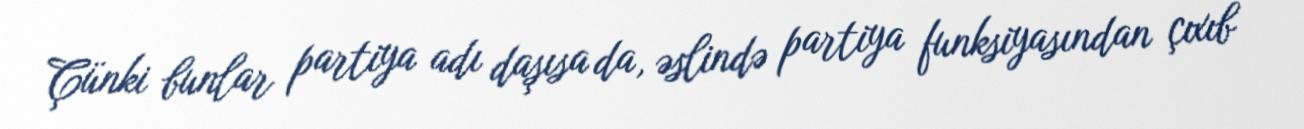
Çünki bunlar partiya adı daşısa da, əslində partiya funksiyasından çıxıb